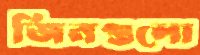
জিনগুলো